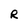
Character: R